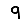
Digit: 9